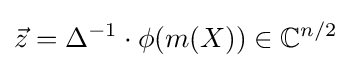
{\vec {z}}=\Delta ^{-1}\cdot \phi (m(X))\in \mathbb {C} ^{n/2}